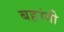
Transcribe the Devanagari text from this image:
बहरंगी